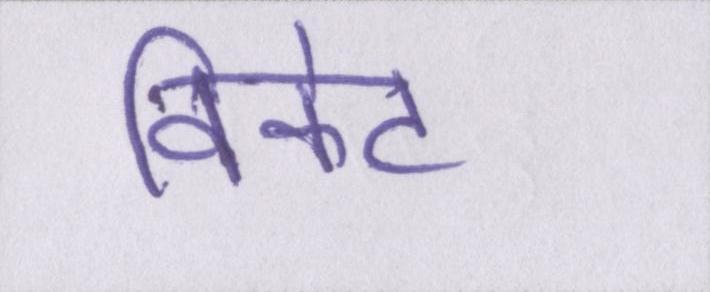
विकेट